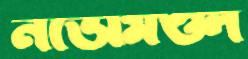
নভোমণ্ডল